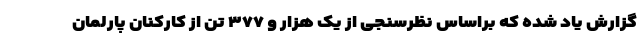
گزارش یاد شده که براساس نظرسنجی از یک هزار و ۳۷۷ تن از کارکنان پارلمان